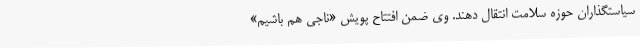
سیاستگذاران حوزه سلامت انتقال دهند. وی ضمن افتتاح پویش «ناجی هم باشیم»